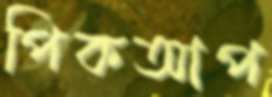
পিকআপ